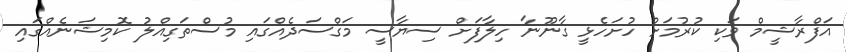
އަފްރާޝީމް ވަކި ކުރުމަށް ހުށަހެޅީ ގާނޫނާ ހިލާފަށް ސިޔާސީ މަގްސަދެއްގައި މުސްތަގިއްލު ކޮމިޝަނެއްގައި